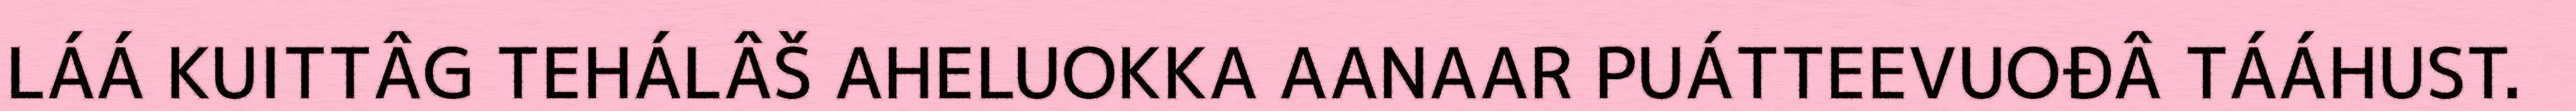
LÁÁ KUITTÂG TEHÁLÂŠ AHELUOKKA AANAAR PUÁTTEEVUOĐÂ TÁÁHUST.